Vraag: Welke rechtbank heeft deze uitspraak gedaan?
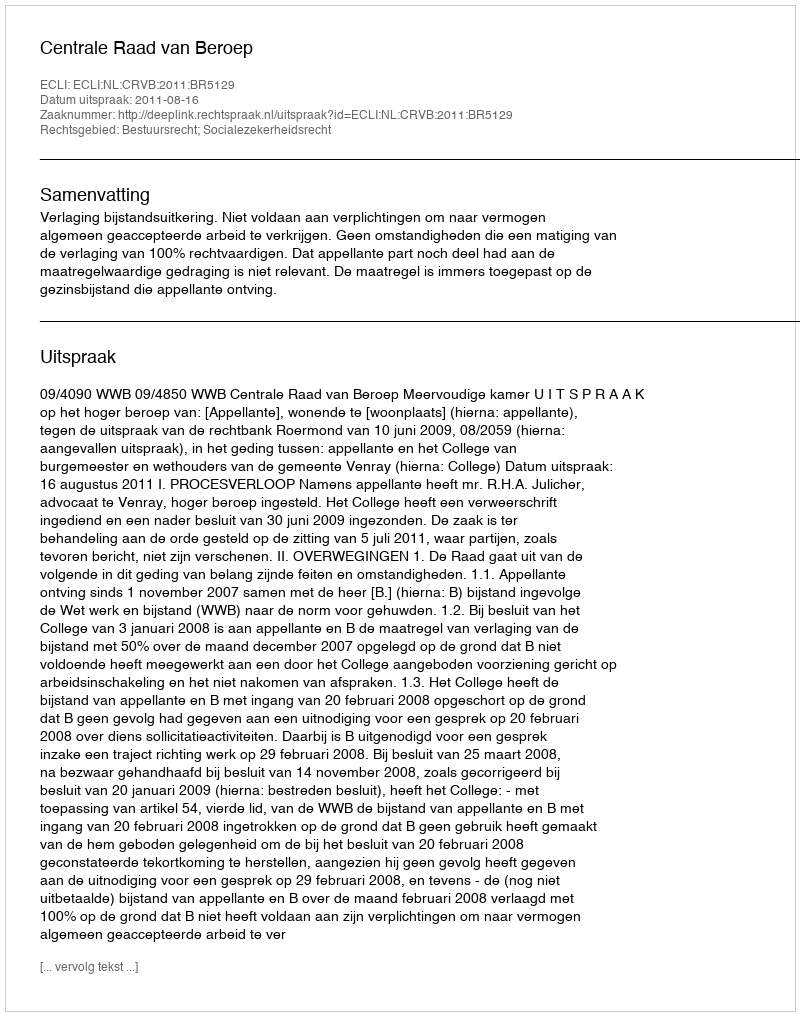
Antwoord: Centrale Raad van Beroep